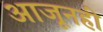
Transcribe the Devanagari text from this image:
आजूनही